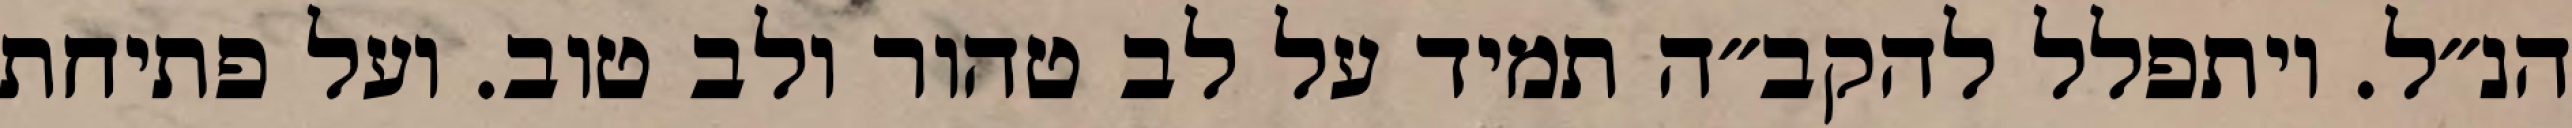
הנ״ל. ויתפלל להקב״ה תמיד על לב טהור ולב טוב. ועל פתיחת